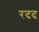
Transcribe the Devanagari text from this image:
रदद